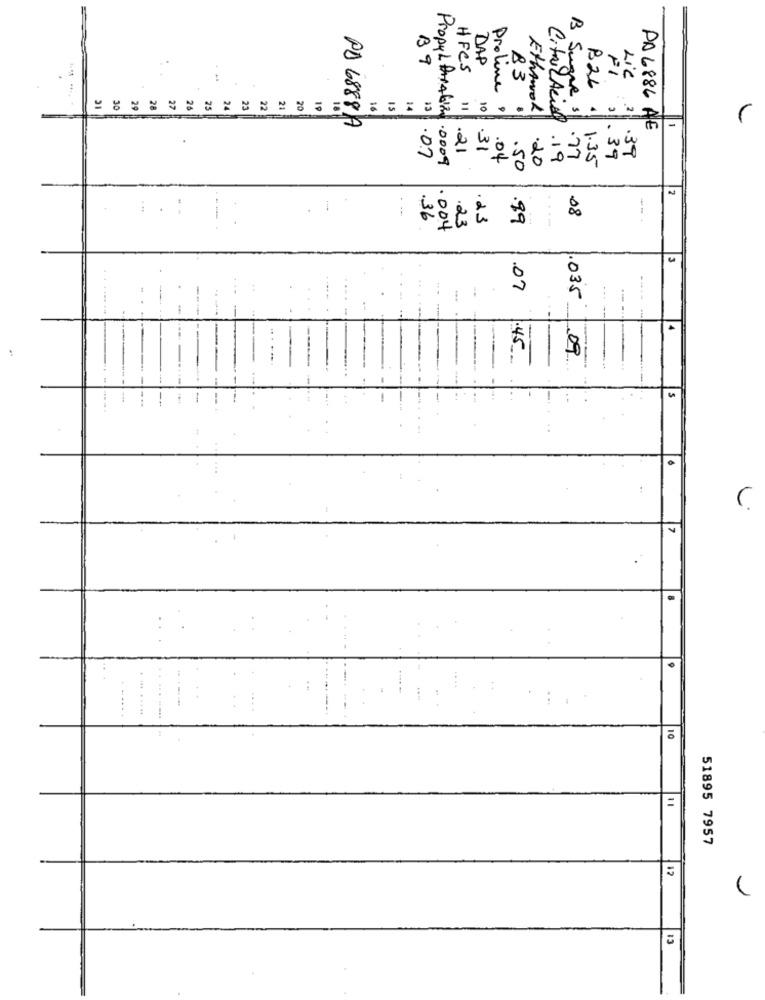
B9
HFCS
TAP
FI
1
83
LIC
B Sugar
B26
IS
11
10
Proline 9
Ethanol
CitriLAcio
2
PD 68887
PA 6886 AE
.21
.31
.39
.07
Propultorquing.0009
.04
.20
.19
77
1.35
. 39
.50
08
.36
.23
23
.89
---
.004
.07
-..
-.
1.035
1.45
09
..
51895 7957
12
13